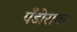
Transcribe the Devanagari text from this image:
पँडोरावर